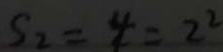
S _ { 2 } = 4 = 2 ^ { 2 }